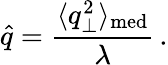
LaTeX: \hat{q}=\frac{\langle q_{\perp}^{2}\rangle_{\mathrm{med}}}{\lambda}\, .